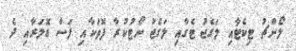
ލޯންޗު ޓިކެޓާއި ލަގެޖު ޓެގާއި ލަގެޖު ނޯޓުކުރާ ފޮތަކާއި ފަސް ޑޮލަރާއި ދެ